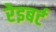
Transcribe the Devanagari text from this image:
रेइबर्ट